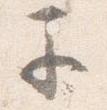
早